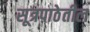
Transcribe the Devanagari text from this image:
सूत्रपाठेतील